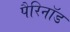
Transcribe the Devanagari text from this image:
पैरिनॉड